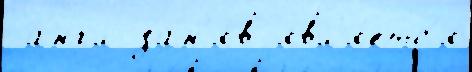
 англ зан'я́в явл'я́етс'я